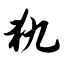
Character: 犰